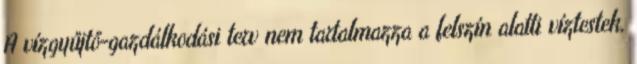
A vízgyűjtő-gazdálkodási terv nem tartalmazza a felszín alatti víztestek,